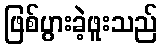
ဖြစ်ပွားခဲ့ဖူးသည်